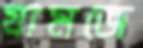
যামজে